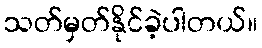
သတ်မှတ်နိုင်ခဲ့ပါတယ်။